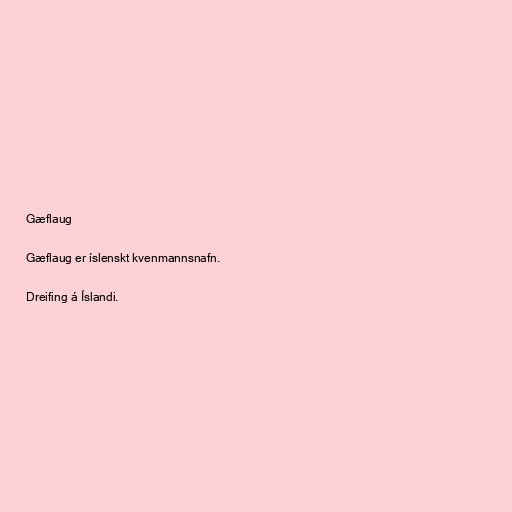
Gæflaug

Gæflaug er íslenskt kvenmannsnafn.

Dreifing á Íslandi.